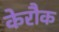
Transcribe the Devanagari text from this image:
केरौक